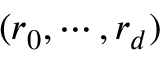
( r _ { 0 } , \cdots , r _ { d } )